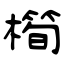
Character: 橁